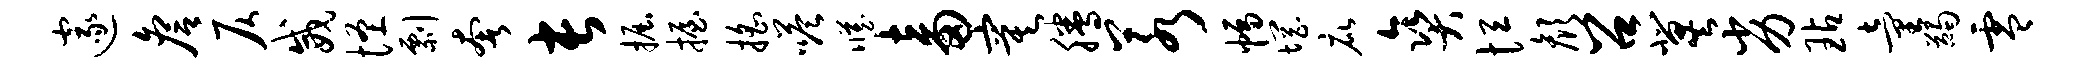
邃詹仄威怪剽奢长掘握摇嗒臧畜寞腾若幅惘庇爽恒颜召冀劣玷童蠲零